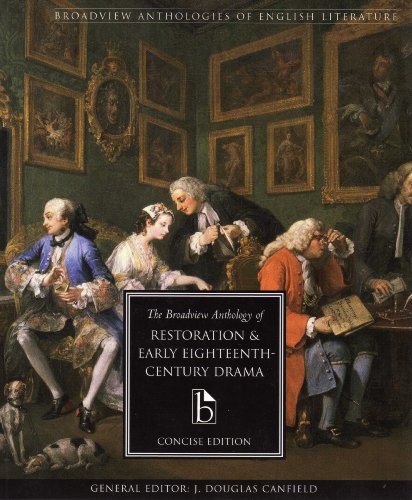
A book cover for The Broadview Anthology of Restoration and Early Eighteenth Century Drama, Concise edition; Literature & Fiction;